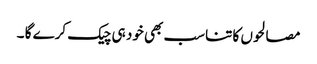
مصالحوں کا تناسب بھی خود ہی چیک کرے گا ۔